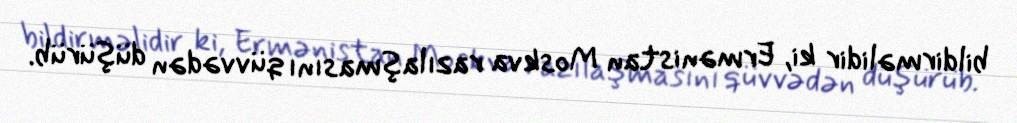
bildirməlidir ki, Ermənistan Moskva razılaşmasını qüvvədən düşürüb.